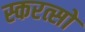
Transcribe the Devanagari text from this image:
स्करत्सो